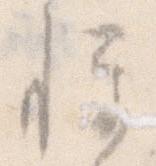
憚